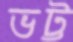
ভট্ট